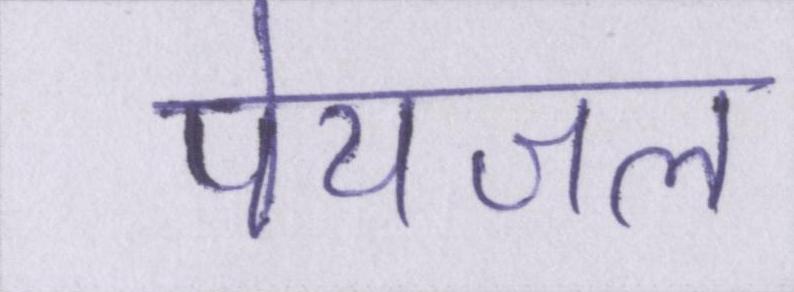
पेयजल